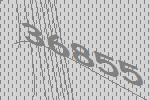
36855